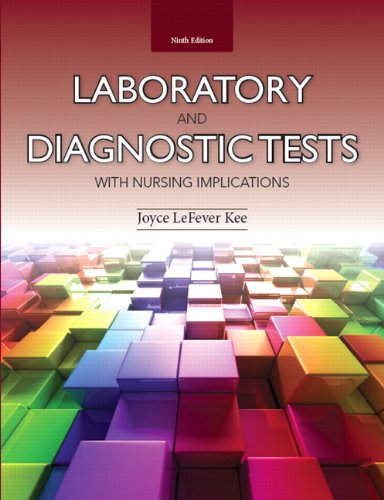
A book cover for Laboratory and Diagnostic Tests with Nursing Implications (9th Edition); Joyce LeFever Kee; Medical Books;